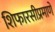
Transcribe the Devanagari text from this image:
शिफारसीप्रमाणे